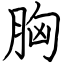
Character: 胸